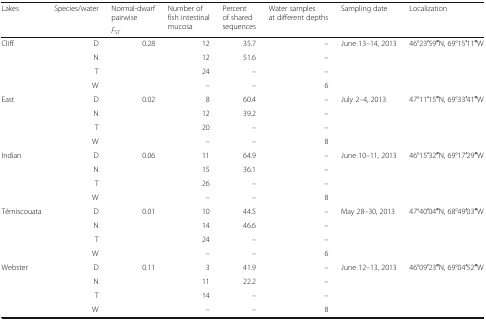
| <ROWSPAN=2> Lakes | <ROWSPAN=2> Species/water | Normal-dwarf pairwise | <ROWSPAN=2> Number of fish intestinal mucosa | <ROWSPAN=2> Percent of shared sequences | <ROWSPAN=2> Water samples at different depths | <ROWSPAN=2> Sampling date | <ROWSPAN=2> Localization |
 | FST |
 | --- | --- | --- | --- | --- | --- | --- | --- |
 | <ROWSPAN=4> Cliff | D | <ROWSPAN=4> 0.28 | 12 | 35.7 | – | <ROWSPAN=4> June 13–14, 2013 | <ROWSPAN=4> 46°23′59′′N, 69°15′11′′W |
 | N | 12 | 51.6 | – |
 | T | 24 | – | – |
 | W | – | – | 6 |
 | <ROWSPAN=4> East | D | <ROWSPAN=4> 0.02 | 8 | 60.4 | – | <ROWSPAN=4> July 2–4, 2013 | <ROWSPAN=4> 47°11′15′′N, 69°33′41′′W |
 | N | 12 | 39.2 | – |
 | T | 20 | – | – |
 | W | – | – | 8 |
 | <ROWSPAN=4> Indian | D | <ROWSPAN=4> 0.06 | 11 | 64.9 | – | <ROWSPAN=4> June 10–11, 2013 | <ROWSPAN=4> 46°15′32′′N, 69°17′29′′W |
 | N | 15 | 36.1 | – |
 | T | 26 | – | – |
 | W | – | – | 8 |
 | <ROWSPAN=4> Témiscouata | D | <ROWSPAN=4> 0.01 | 10 | 44.5 | – | <ROWSPAN=4> May 28–30, 2013 | <ROWSPAN=4> 47°40′04′′N, 68°49′03′′W |
 | N | 14 | 46.6 | – |
 | T | 24 | – | – |
 | W | – | – | 6 |
 | <ROWSPAN=4> Webster | D | <ROWSPAN=4> 0.11 | 3 | 41.9 | – | <ROWSPAN=4> June 12–13, 2013 | <ROWSPAN=4> 46°09′23′′N, 69°04′52′′W |
 | N | 11 | 22.2 | – |
 | T | 14 | – | – |
 | W | – | – | 8 |